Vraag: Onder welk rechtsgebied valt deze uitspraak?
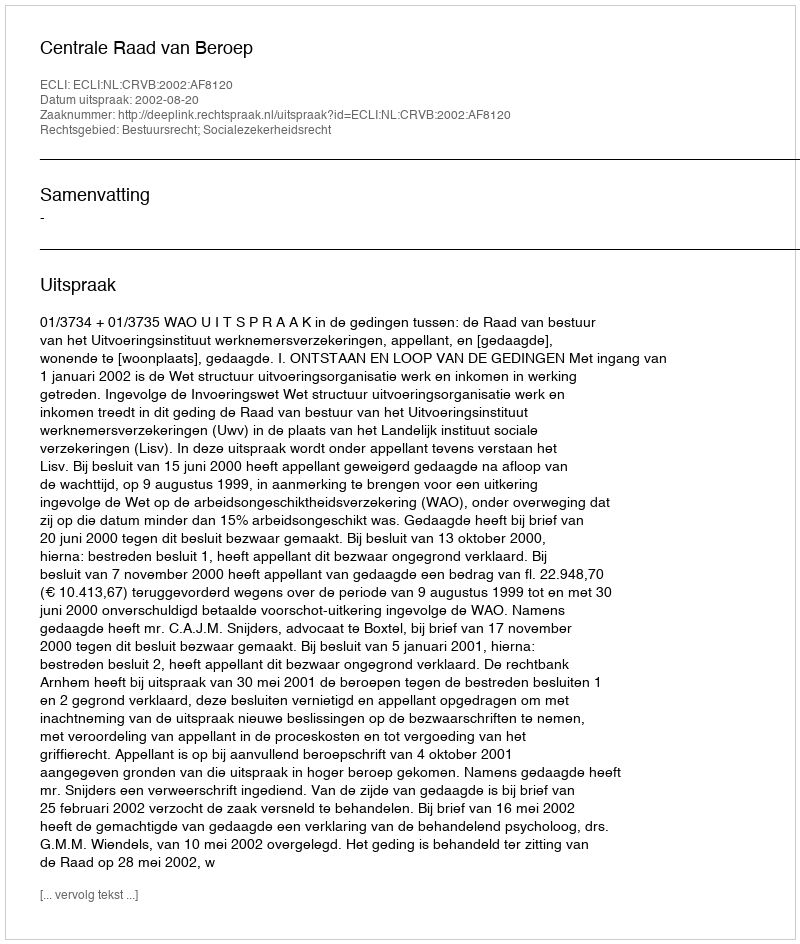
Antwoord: Bestuursrecht; Socialezekerheidsrecht